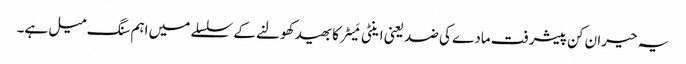
یہ حیران کن پیشرفت مادے کی ضد یعنی اینٹی مَیٹر کا بھید کھولنے کے سلسلے میں اہم سنگ میل ہے۔